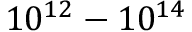
1 0 ^ { 1 2 } - 1 0 ^ { 1 4 }